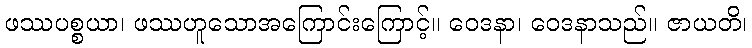
ဖဿပစ္စယာ၊ ဖဿဟူသောအကြောင်းကြောင့်။ ဝေဒနာ၊ ဝေဒနာသည်။ ဇာယတိ၊